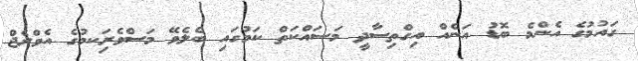
ގައުމުގެ އެންމެ ބޮޑު އަނެއް އިގްތިސާދީ މަސައްކަތް ކަމުގައި ބެލެވޭ މަސްވެރިަކމުގެ އެވްްރެޖް